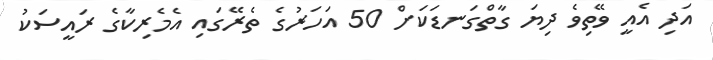
އަދި އެއީ ވޭތިވެ ދިޔަ ގާތްގަނޑަކަށް 50 އަހަރުގެ ތެރޭގައި އެމެރިކާގެ ރައީސަކު